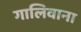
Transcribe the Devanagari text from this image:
गालिवाना